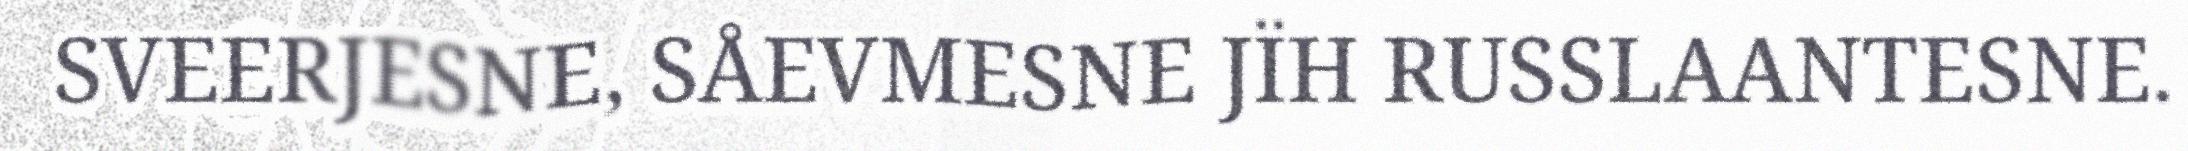
SVEERJESNE, SÅEVMESNE JÏH RUSSLAANTESNE.